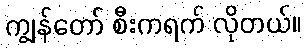
ကျွန်တော် စီးကရက် လိုတယ်။